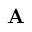
\ensuremath { \mathbf { A } }